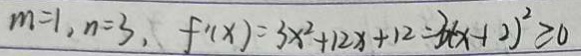
m = 1 , n = 3 , f ^ { \prime } ( x ) = 3 x ^ { 2 } + 1 2 x + 1 2 = 3 ( x - 1 2 ) ^ { 2 } \geq 0